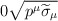
\begin{align*}0 & \sqrt{p^{\mu }\widetilde{\sigma }_{\mu }}\end{align*}